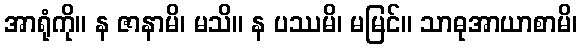
အာရုံကို။ န ဇာနာမိ၊ မသိ။ န ပဿမိ၊ မမြင်။ သာဓုအာယာစာမိ၊